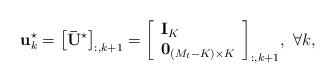
LaTeX: \begin{align*} {\bf{u}}_k^{\star} = {\left[ {\bf{\bar U}}^ {\star} \right]_{:,k + 1}} = {\left[ \begin{array}{l}{{\bf{I}}_K}\\{{\bf{0}}_{\left( {{M_t} - K} \right) \times K}}\end{array} \right]_{:,k + 1}}, \ \forall k, \end{align*}